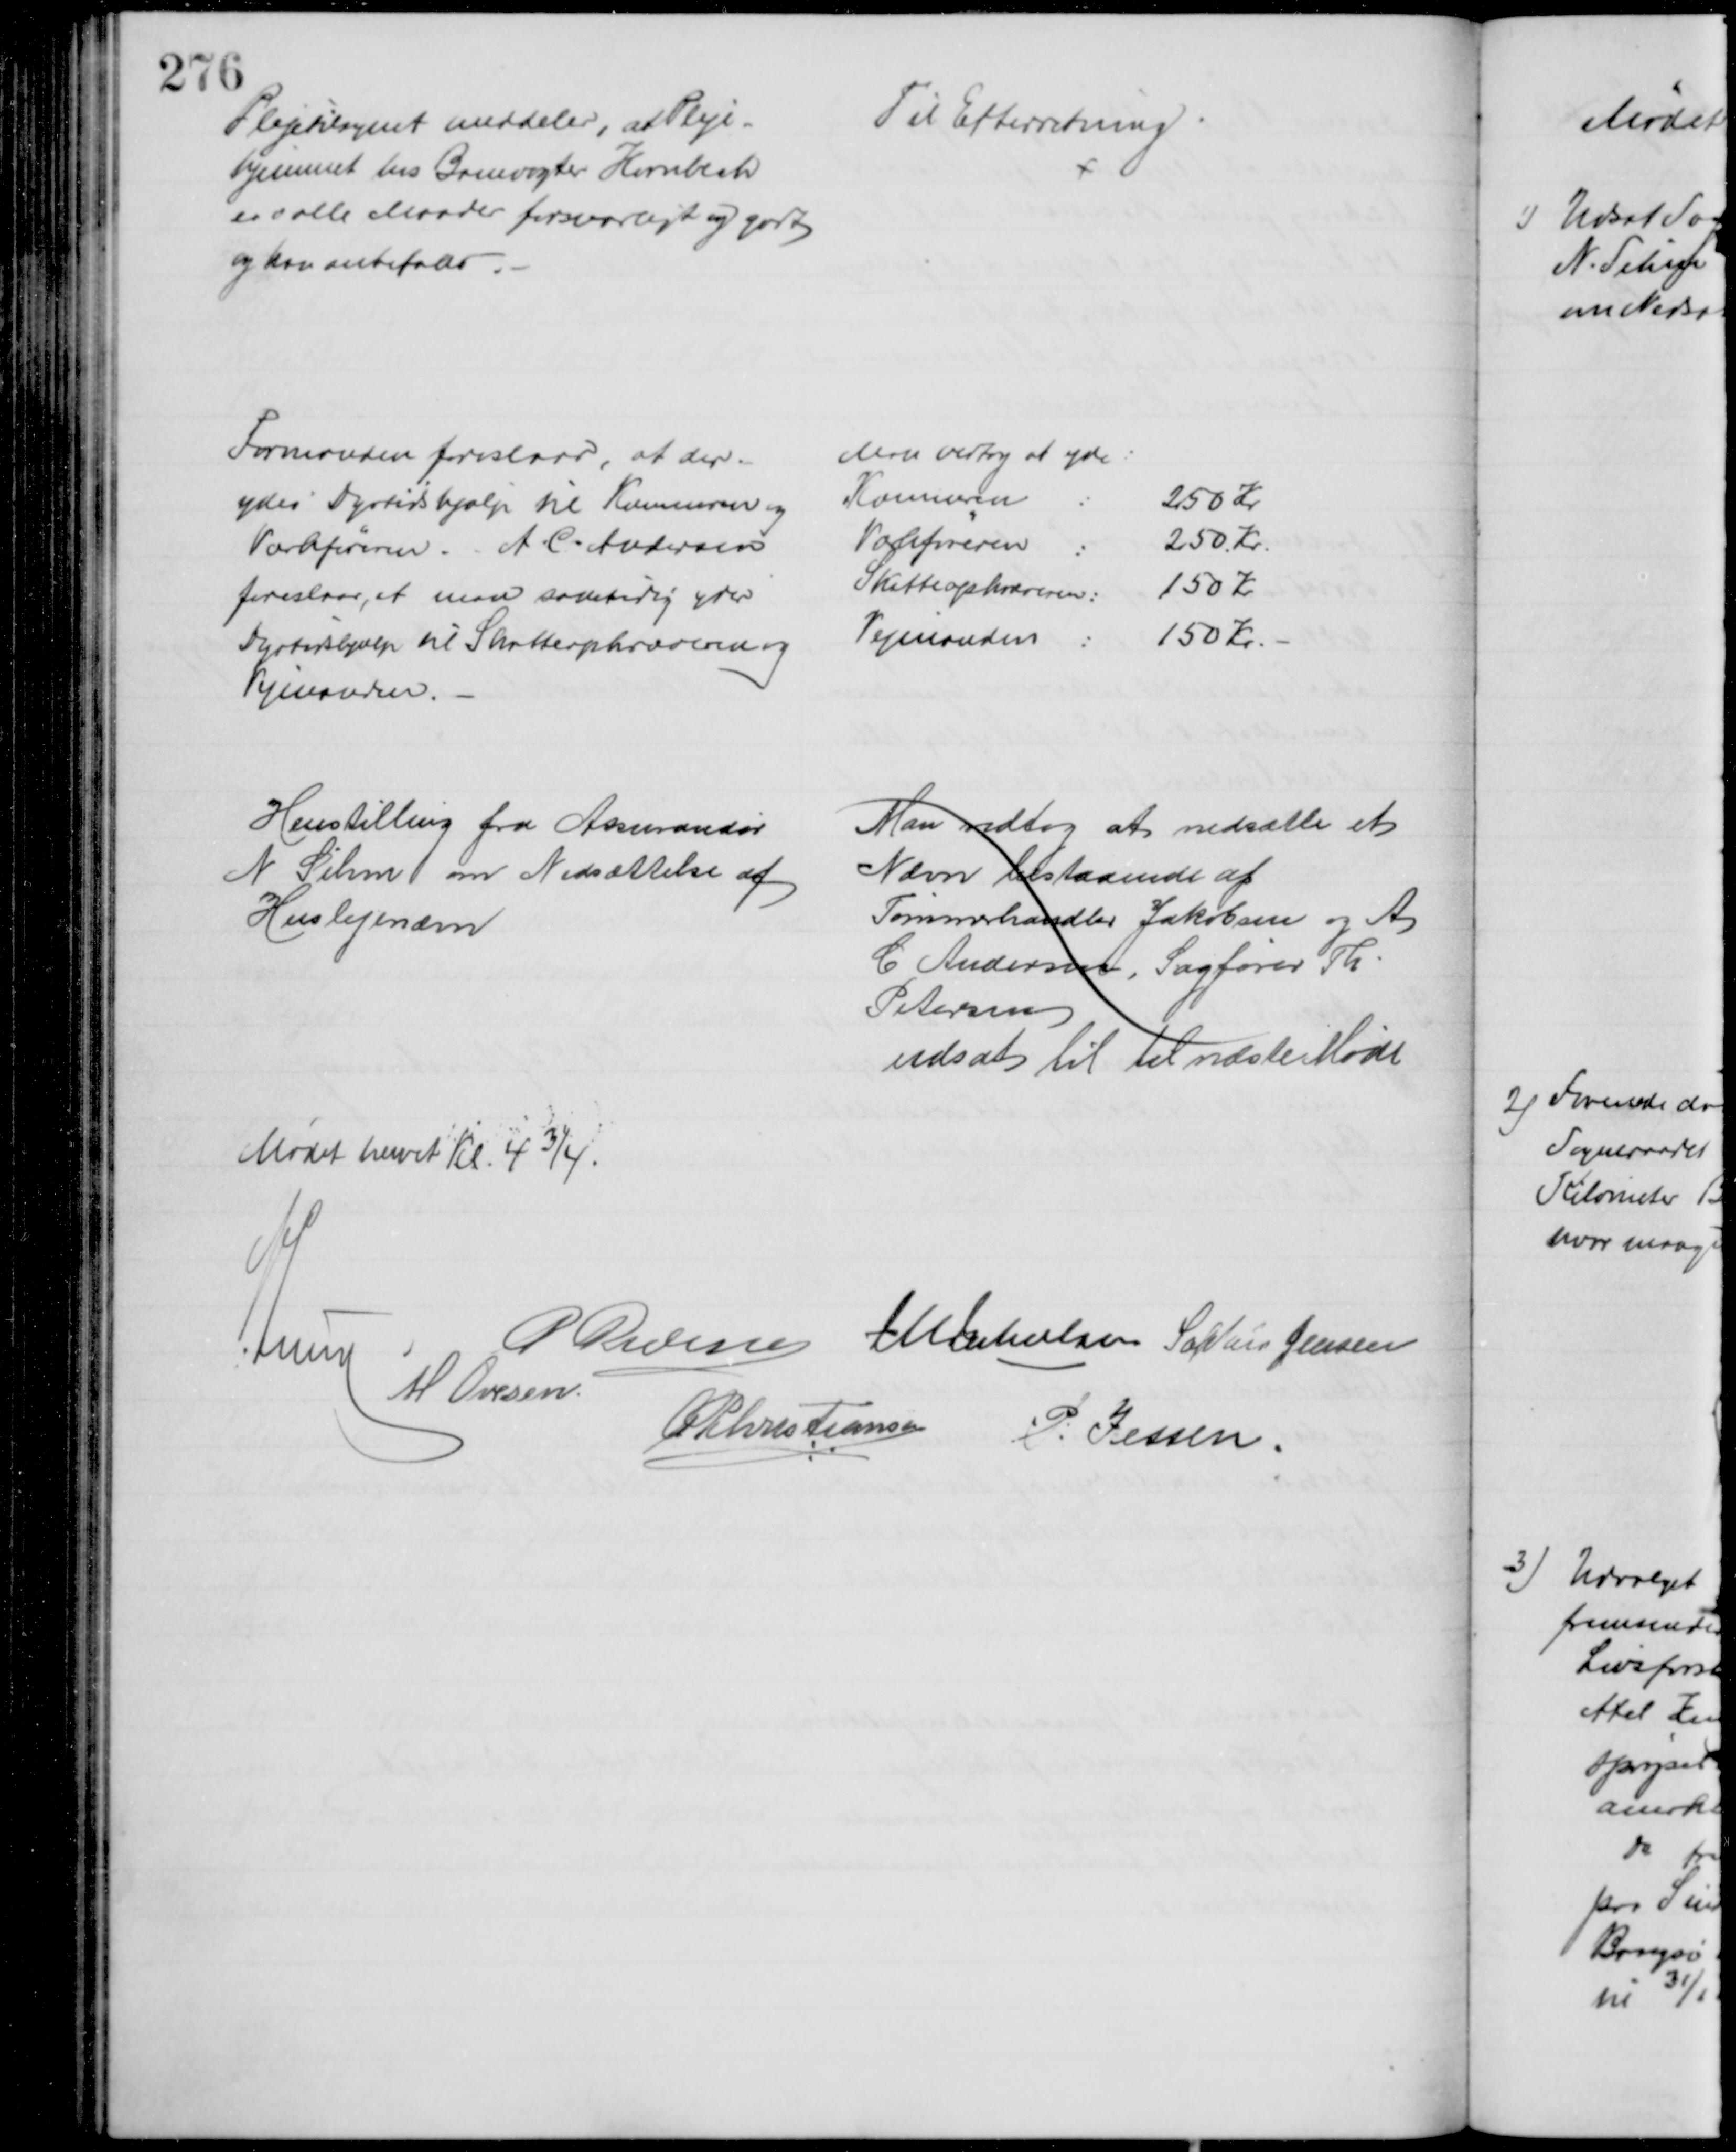
Transskription:
Plejetilsynet meddeler, at Pleje-
hjemmet hos Banevogter Hornbech
er i alle Maader forsvarligt og godt
og kan anbefales
Til Efterretning
Formanden foreslaar, at der
ydes Dyrtidshjælp til Kæmneren og
Værkføreren. A. C. Andersen
foreslaar, at man samtidig yder
Dyrtidshjælp til Skatteopkræveren og
Vejmanden.
Man vedtog at yde:
Kæmneren
250 Kr
Værkføreren
250 Kr.
Skatteopkræveren
150 Kr
Vejmanden
150 Kr.
Henstilling fra Assurandør
N. Sihm om Nedsættelse af
Huslejenævn
Man vedtog at nedsætte et
Nævn bestaaende af
Tømmerhandler Jakobsen og A
C Andersen, Sagfører Th.
Petersen
udsat til til næste Møde
Mødet hævet Kl. 4¾.
A. Lund
P Pedersen J M Jakobsen Sophus Jensen
M Ovesen
A P Christiansen P. Jessen